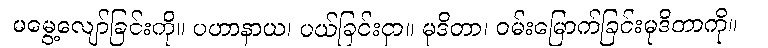
မမွေ့လျော်ခြင်းကို။ ပဟာနာယ၊ ပယ်ခြင်းငှာ။ မုဒိတာ၊ ဝမ်းမြောက်ခြင်းမုဒိတာကို။